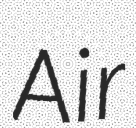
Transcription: Air